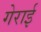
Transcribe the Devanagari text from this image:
गेराई